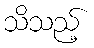
သိသည့်